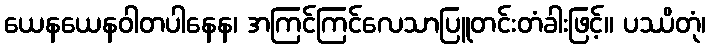
ယေနယေနဝါတပါနေန၊ အကြင်ကြင်လေသာပြူတင်းတံခါးဖြင့်။ ပဿိတုံ၊